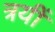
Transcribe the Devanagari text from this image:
त्रयीं